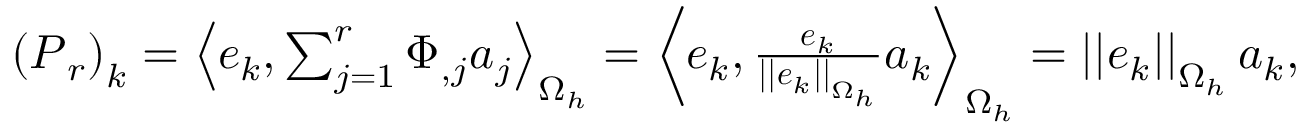
\begin{array} { r } { \left( \boldsymbol { P } _ { r } \right) _ { k } = \left< \boldsymbol { e } _ { k } , \sum _ { j = 1 } ^ { r } \Phi _ { , j } a _ { j } \right> _ { \Omega _ { h } } = \left< \boldsymbol { e } _ { k } , \frac { \boldsymbol { e } _ { k } } { \left| \left| \boldsymbol { e } _ { k } \right| \right| _ { \Omega _ { h } } } a _ { k } \right> _ { \Omega _ { h } } = \left| \left| \boldsymbol { e } _ { k } \right| \right| _ { \Omega _ { h } } a _ { k } , } \end{array}